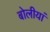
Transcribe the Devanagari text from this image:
बोलीयां